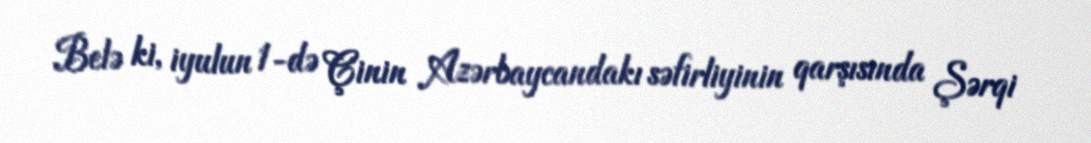
Belə ki, iyulun 1-də Çinin Azərbaycandakı səfirliyinin qarşısında Şərqi